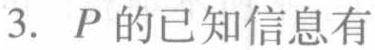
3. \(P\)的已知信息有